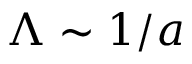
\Lambda \sim 1 / a